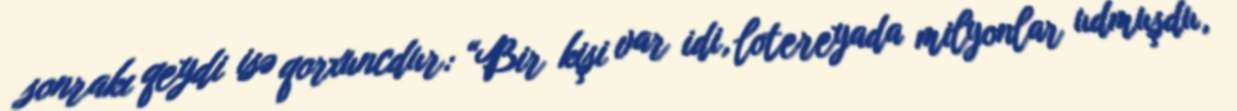
sonrakı qeydi isə qorxuncdur: “Bir kişi var idi, lotereyada milyonlar udmuşdu,